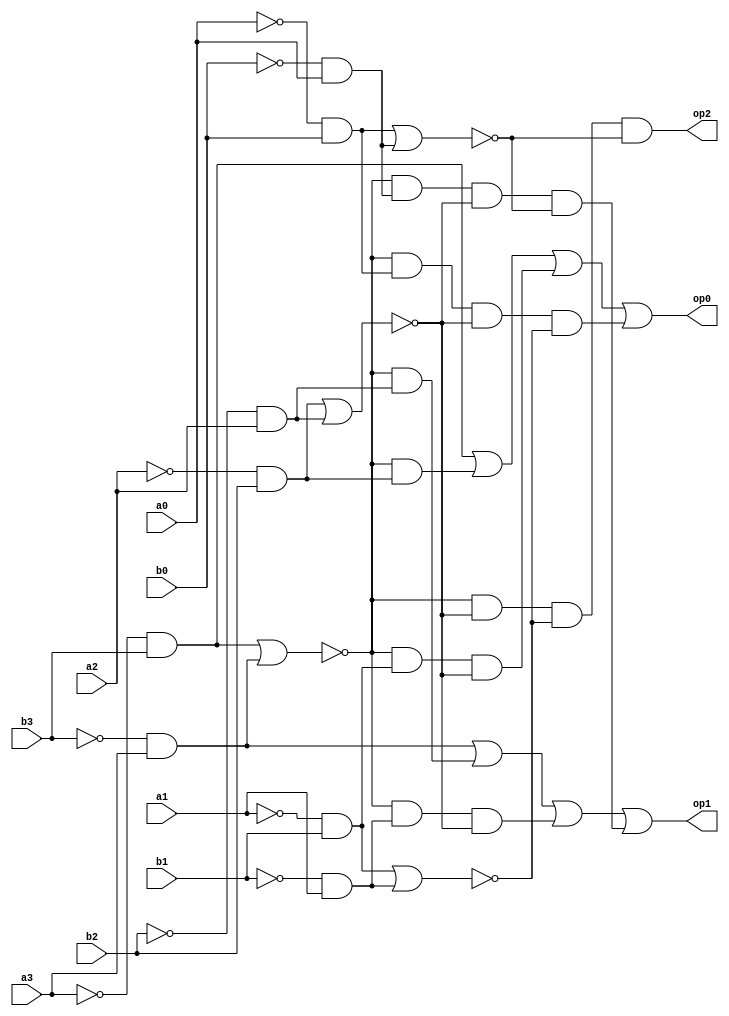
module bcd_to_gray(a3,a2,a1,a0,b3,b2,b1,b0,op0,op1,op2);
	input a3,a2,a1,a0,b3,b2,b1,b0;
	output op0,op1,op2;
	wire w1,w2,w3,w4,w5,w6,w7,w8,w9,w10,w11,w12,w13,w14,w15,w16,w17,w18,w19,w20,w21,w22,w23,w24,w25,w26;

	not n1(w1,a3);
	not n2(w2,b3);
	not n3(w3,a2);
	not n4(w4,b2);
	not n5(w5,a1);
	not n6(w6,b1);
	not n7(w7,a0);
	not n8(w8,b0);
	and a1(w9,w1,b3);
	and a2(w10,w2,a3);
	and a3(w11,w3,b2);
	and a4(w12,w4,a2);
	and a5(w13,w5,b1);
	and a6(w14,w6,a1);
	and a7(w15,w7,b0);
	and a8(w16,w8,a0);
	nor no1(w17,w9,w10);
	nor no1(w18,w11,w12);
	nor no1(w19,w13,w14);
	nor no1(w20,w15,w16);
	and an1(w21,w17,w11);
	and an2(w22,w17,w12);
	and an3(w23,w17,w13,w18);
	and an4(w24,w17,w14,w18);
	and an5(w25,w17,w15,w18,w19);
	and an6(w26,w17,w16,w18,w20);
	and an7(op2,w17,w18,w19,w20);
	or ord0(op0,w9,w21,w23,w25);
	or ord1(op1,w10,w22,w24,w26);
endmodule